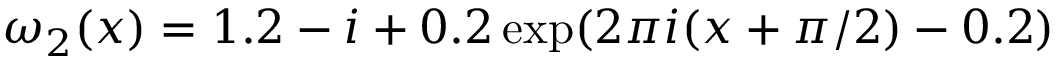
\omega _ { 2 } ( x ) = 1 . 2 - i + 0 . 2 \exp ( 2 \pi i ( x + \pi / 2 ) - 0 . 2 )